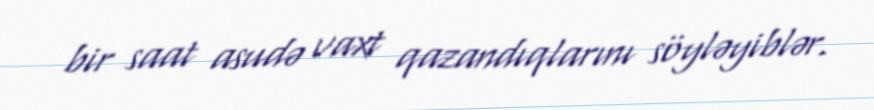
bir saat asudə vaxt qazandıqlarını söyləyiblər.